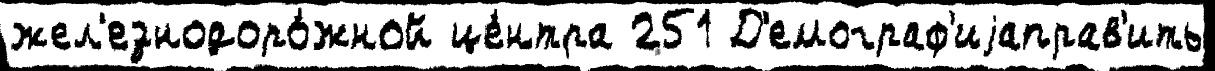
жел'езнодоро́жной це́нтра 251 Д'емограф'иjаправ'ить